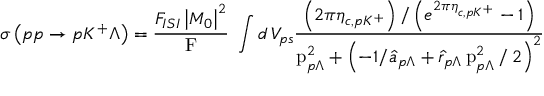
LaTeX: \sigma \left( p p \rightarrow p K ^ { + } \Lambda \right) = \frac { F _ { I S I } \left| M _ { 0 } \right| ^ { 2 } } { \mathrm { F } } \; \int d \, V _ { p s } \frac { \left( 2 \pi \eta _ { c , p K ^ { + } } \right) / \left( e ^ { 2 \pi \eta _ { c , p K ^ { + } } } - 1 \right) } { \mathrm { p } _ { p \Lambda } ^ { 2 } + \left( - 1 / \hat { a } _ { p \Lambda } + \hat { r } _ { p \Lambda } \, \mathrm { p } _ { p \Lambda } ^ { 2 } \, / \, 2 \right) ^ { 2 } }